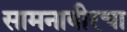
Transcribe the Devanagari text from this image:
सामनावीरचा